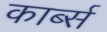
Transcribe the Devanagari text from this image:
कार्ब्स